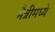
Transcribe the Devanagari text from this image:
मैत्रीमध्ये